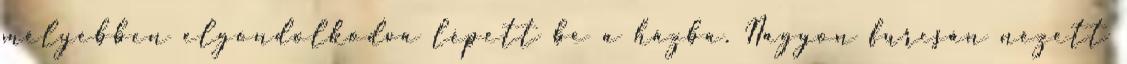
mélyebben elgondolkodva lépett be a házba. Nagyon furcsán nézett